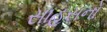
સાહસનો